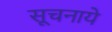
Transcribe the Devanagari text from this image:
सूचनाये